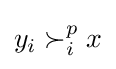
y_{i}\succ _{i}^{p}x